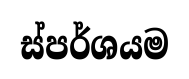
ස්පර්ශයම